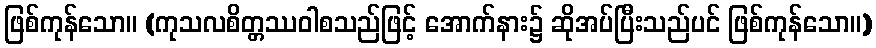
ဖြစ်ကုန်သော။ (ကုသလစိတ္တဿဝါစသည်ဖြင့် အောက်နား၌ ဆိုအပ်ပြီးသည်ပင် ဖြစ်ကုန်သော။)